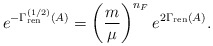
\begin{align*}e^{-\Gamma^{(1/2)}_{\rm ren}(A)} = \left({m \over \mu}\right)^{n_F} e^{2\Gamma_{\rm ren}(A)}.\end{align*}